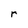
Character: r